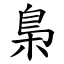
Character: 梟